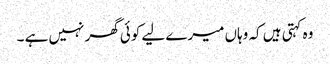
وہ کہتی ہیں کہ وہاں میرے لیے کوئی گھر نہیں ہے ۔